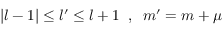
| l - 1 | \le l ^ { \prime } \le l + 1 \; \; , \; \; m ^ { \prime } = m + \mu